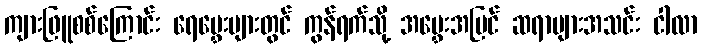
ကျားဖြူစစ်ကြောင်း ရေမွှေးများတွင် ကွန်ရက်သို့ အမွှေးအမြင် ဆရာများအသင်း ငါလာ